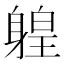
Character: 𨉤